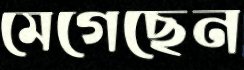
মেগেছেন